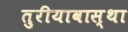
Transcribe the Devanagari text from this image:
तुरीयावास्था